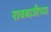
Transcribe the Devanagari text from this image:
रावबाजीच्या